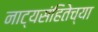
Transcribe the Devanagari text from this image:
नाट्यसंहितेच्या